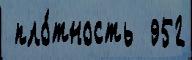
 пло́тность  952